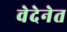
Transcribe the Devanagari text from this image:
वेदेनेत